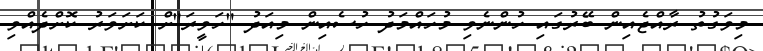
މިވަގުތު ރާއްޖެއިން ބޭރުގައި ހުންނެވި މުހައްމަދު ހުސެއިން މިއަދު "ހަވީރަ"ށް ކަށަވަރު ކޮށްދެއްވިި